Lunatic asylums in Bengal annual reports 1912-1924 - 1912-1924
Year: 1912
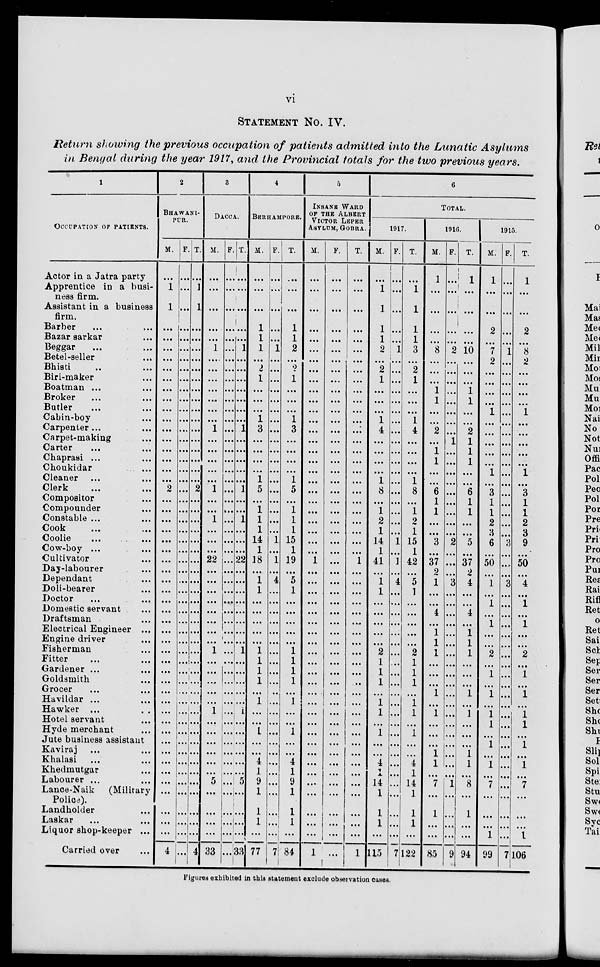
vi
STATEMENT No. IV.
Return showing the previous occupation of patients admitted into the Lunatic
Asylums
in Bengal during the year 1917, and the Provincial totals for the two previous years.
1
OCCUPATION OF PATIENTS.
Actor in a Jatra party
Apprentice in a busi-
ness firm.
Assistant in a business
firm.
Barber ... ...
Bazar sarkar ...
Beggar ... ...
Betel-seller ...
Bhisti ... ...
Biri-maker ...
Boatman ... ...
Butler ... ...
Cabin-boy ...
Cabin-boy ...
Carpenter ... ...
Carpet-making Carter ... ...
Carter ... ...
Chaprasi ... ...
Choukidar ...
Cleaner ... ...
Clerk ... ...
Compositor ...
Compounder ...
Constable ... ...
Cook ... ...
Coolie ... ...
Cow-boy ... ...
Cultivator ...
Day-labourer ...
Dependant ...
Doli-bearer ...
Doctor ... ...
Domestic servant ...
Draftsman ...
Electrical Engineer ...
Engine driver ...
Fisherman ...
Fitter
...
...
Gardener ...
Goldsmith ...
Grocer ... ...
Havildar ... ...
Hawker ... ...
Hotel servant ...
Hyde merchant ...
Jute business assistant
Kaviraj ... ...
Khalasi ... ...
Khedmutgar ... ...
Labourer ... ...
Lance-Naik
(Military
Police).
Landholder ...
Laskar ... ...
Liquor shop-keeper ...
Carried over ...
2
BHAWANI-
PUR.
M.
...
1
1
...
...
...
...
...
...
...
...
...
...
...
...
...
...
...
...
2
...
...
...
...
...
...
...
...
...
...
...
...
...
...
...
...
...
...
...
...
...
...
...
...
...
...
...
...
...
...
...
...
...
4
F.
...
...
...
...
...
...
...
...
...
...
...
...
...
...
...
...
...
...
...
...
...
...
...
...
...
...
...
...
...
...
...
...
...
...
...
...
...
...
...
...
...
...
...
...
...
...
...
...
...
...
...
...
...
...
T.
...
1
1
...
...
...
...
...
...
...
...
...
...
...
...
...
...
...
...
2
...
...
...
...
...
...
...
...
...
...
...
...
...
...
...
...
...
...
...
...
...
...
...
...
...
...
...
...
...
...
...
...
...
4
3
DACCA.
M.
...
...
...
...
...
1
...
...
...
...
...
...
...
1
...
...
...
...
...
1
...
...
1
...
...
...
22
...
...
...
...
...
...
...
...
1
...
...
...
...
...
...
...
...
...
...
...
...
5
...
...
...
...
33
F.
...
...
...
...
...
...
...
...
...
...
...
...
...
...
...
...
...
...
...
...
...
...
...
...
...
...
...
...
...
...
...
...
...
...
...
...
...
...
...
...
...
1
...
...
...
...
...
...
...
...
...
...
...
...
T.
...
...
...
...
...
1
...
...
...
...
...
...
...
1
...
...
...
...
...
1
...
...
1
...
...
...
22
...
...
...
...
...
...
...
...
1
...
...
...
...
...
...
...
...
...
...
...
...
5
...
...
...
...
33
4
BERHAMPORE.
M.
...
...
...
1
1
1
...
2
1
...
...
...
1
3
...
...
...
...
1
5
...
1
1
1
14
1
18
...
1
1
...
...
...
...
...
1
1
1
1
...
1
1
...
1
...
...
4
1
9
1
1
1
...
77
F.
...
...
...
...
...
1
...
...
...
...
...
...
...
...
...
...
...
...
...
...
...
...
...
...
1
...
1
...
4
...
...
...
...
...
...
...
...
...
...
...
...
...
...
...
...
...
...
...
...
...
...
...
...
7
T.
...
...
...
1
1
2
...
2
1
...
...
...
1
3
...
...
...
...
1
5
...
1
1
1
15
1
19
...
5
1
...
...
...
...
...
1
1
1
1
...
1
...
...
1
...
...
4
1
9
1
1
1
...
84
5
INSANE WARD
OF THE ALBERT
VICTOR LEPER
ASYLUM, GOBRA.
M.
...
...
...
...
...
...
...
...
...
...
...
...
...
...
...
...
...
...
...
...
...
...
...
...
...
...
1
...
...
...
...
...
...
...
...
...
...
...
...
...
...
...
...
...
...
...
...
...
...
...
...
...
...
1
F.
...
...
...
...
...
...
...
...
...
...
...
...
...
...
...
...
...
...
...
...
...
...
...
...
...
...
...
...
...
...
...
...
...
...
...
...
...
...
...
...
...
...
...
...
...
...
...
...
...
...
...
...
...
...
T.
...
...
...
...
...
...
...
...
...
...
...
...
...
...
...
...
...
...
...
...
...
...
...
...
...
...
1
...
...
...
...
...
...
...
...
...
...
...
...
...
...
...
...
...
...
...
...
...
...
...
...
...
...
1
6
TOTAL.
1917.
M.
...
1
1
1
1
2
...
2
1
...
...
...
1
4
...
...
...
...
1
8
...
1
2
1
14
1
41
...
1
1
...
...
...
...
...
2
1
1
1
...
1
1
...
1
...
...
4
1
14
1
1
1
...
115
F.
...
...
...
...
...
1
...
...
...
...
...
...
...
...
...
...
...
...
...
...
...
...
...
...
1
...
1
...
4
...
...
...
...
...
...
...
...
...
...
...
...
...
...
...
...
...
...
...
...
...
...
...
...
7
T.
...
1
1
1
1
3
...
2
1
...
...
...
1
4
...
...
...
...
1
8
...
1
2
1
15
1
42
...
5
1
...
...
...
...
...
2
1
1
1
...
1
1
...
1
...
...
4
1
14
1
1
...
...
122
1916.
M.
1
...
...
...
...
8
...
...
...
1
1
...
...
2
...
1
1
...
...
6
1
1
...
...
3
...
37
2
1
...
...
4
...
1
1
1
...
...
...
1
...
1
...
...
...
1
1
...
7
...
1
...
...
85
F.
...
...
...
...
...
2
...
...
...
...
...
...
...
...
1
...
...
...
...
...
...
...
...
...
2
...
...
...
3
...
...
...
...
...
...
...
...
...
...
...
...
...
...
...
...
...
...
...
1
...
...
...
...
9
T.
1
...
...
...
...
10
...
...
...
1
1
...
...
2
1
1
1
...
...
6
1
1
...
...
5
...
37
2
4
...
...
4
...
1
1
1
...
...
...
1
...
1
...
...
...
1
1
...
8
...
1
...
...
94
1915.
M.
1
...
...
2
...
7
2
...
...
...
...
1
...
...
...
...
...
1
...
3
1
1
2
3
6
...
50
...
1
...
1
...
1
...
...
2
...
1
...
1
...
1
1
...
1
...
1
...
7
...
...
...
1
99
F.
...
...
...
...
...
1
...
...
...
...
...
...
...
...
...
...
...
...
...
...
...
...
...
...
3
...
...
...
3
...
...
...
...
...
...
...
...
...
...
...
...
...
...
...
...
...
...
...
...
...
...
...
...
7
T.
1
...
...
2
...
8
2
...
...
...
...
1
...
...
...
...
...
1
...
3
1
1
2
3
9
...
50
...
4
...
1
...
1
...
...
2
...
1
...
1
...
1
1
...
1
...
1
...
7
...
...
...
1
106
Figures exhibited in this statement exclude observation cases.